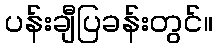
ပန်းချီပြခန်းတွင်။